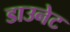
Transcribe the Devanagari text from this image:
डाउनेट